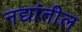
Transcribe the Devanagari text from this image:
नद्यांतील